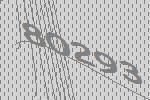
80293